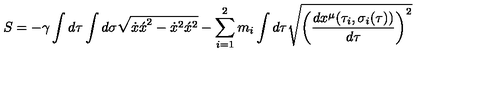
S = - \gamma \int d \tau \int d \sigma \sqrt { { \dot { x } \acute { x } } ^ { 2 } - { \dot { x } } ^ { 2 } { \acute { x } } ^ { 2 } } - \sum _ { i = 1 } ^ { 2 } m _ { i } \int d \tau \sqrt { { \left( \frac { d x ^ { \mu } ( { \tau } _ { i } , { \sigma } _ { i } ( \tau ) ) } { d \tau } \right) } ^ { 2 } }